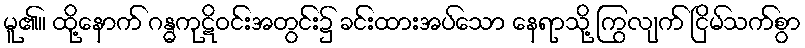
မူ၏။ ထို့နောက် ဂန္ဓကုဋိဝင်းအတွင်း၌ ခင်းထားအပ်သော နေရာသို့ ကြွလျက် ငြိမ်သက်စွာ